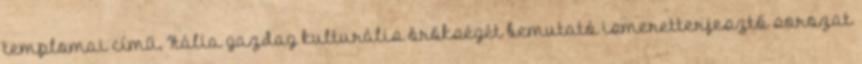
templomai című, Itália gazdag kulturális örökségét bemutató ismeretterjesztő sorozat